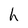
Character: h